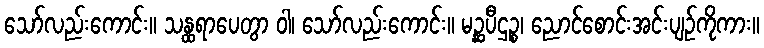
သော်လည်းကောင်း။ သန္ထရာပေတွာ ဝါ၊ သော်လည်းကောင်း။ မဉ္ဆပီဌဉ္စ၊ ညောင်စောင်းအင်းပျဉ်ကိုကား။